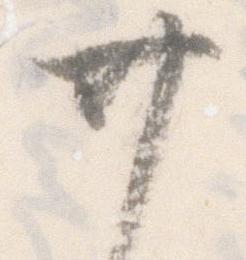
廿